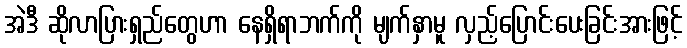
အဲဒီ ဆိုလာပြားရှည်တွေဟာ နေရှိရာဘက်ကို မျက်နှာမူ လှည့်ပြောင်းပေးခြင်းအားဖြင့်